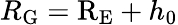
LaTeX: R_{\mathrm{G}}=\mathrm{R_{E}}+h_{0}